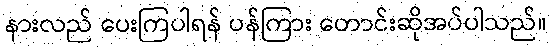
နားလည် ပေးကြပါရန် ပန်ကြား တောင်းဆိုအပ်ပါသည်။